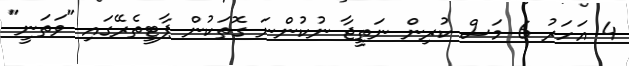
4 އަހަރު 6 މަސް ކުރިން ނަތީޖާ ނުކުންނަ ގޮތަކުން ޕާޓީތެރޭގައި "ވަތަނީ"